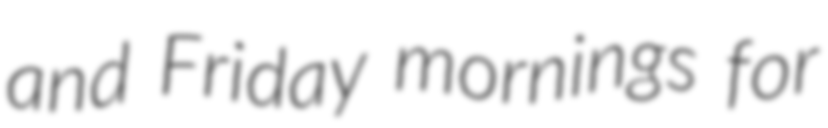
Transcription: and Friday mornings for